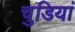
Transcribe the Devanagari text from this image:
चुडियां